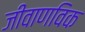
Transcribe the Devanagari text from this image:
जीवाणविक